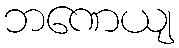
ဘဏေယျ